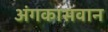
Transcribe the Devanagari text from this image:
अंगकासवान